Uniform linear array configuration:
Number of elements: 4
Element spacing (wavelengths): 0.5
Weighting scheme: kaiser
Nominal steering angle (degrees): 60
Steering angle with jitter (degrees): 61.903
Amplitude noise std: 0.05
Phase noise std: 0.05

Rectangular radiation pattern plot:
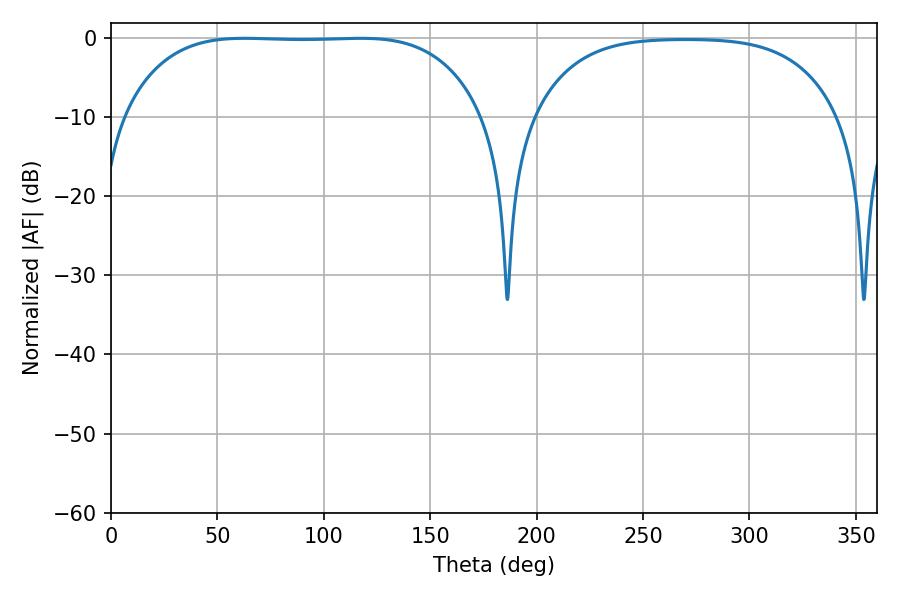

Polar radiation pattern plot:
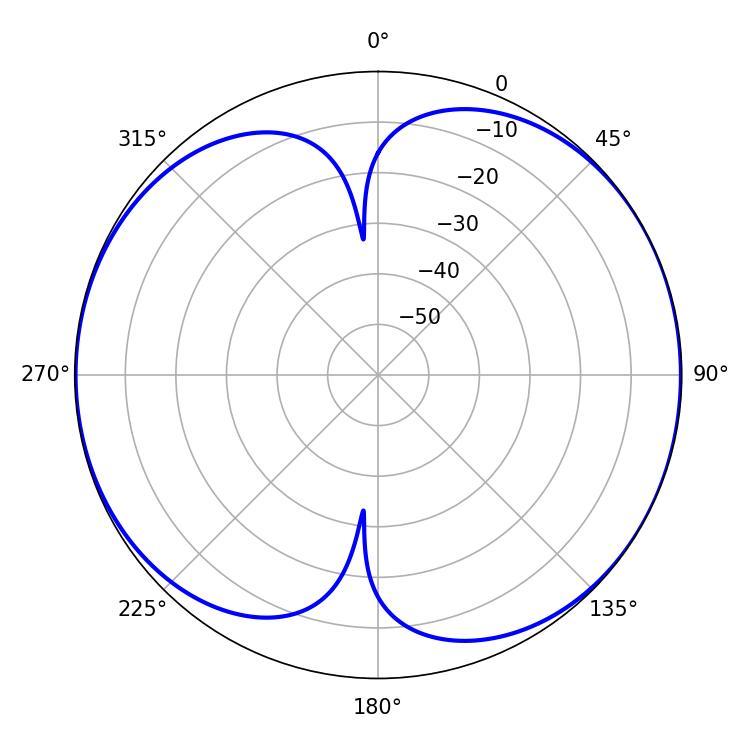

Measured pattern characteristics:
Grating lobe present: FALSE
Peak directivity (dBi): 7.951
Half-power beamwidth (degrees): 130.68
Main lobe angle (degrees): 62.82